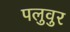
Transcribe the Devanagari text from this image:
पलुवुर